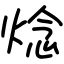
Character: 焾